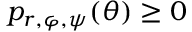
p _ { r , \varphi , \psi } ( \theta ) \ge 0